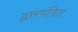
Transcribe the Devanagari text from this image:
द्वारपंडित